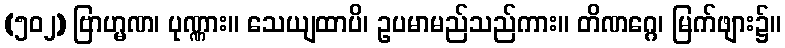
(၅၀၂) ဗြာဟ္မဏ၊ ပုဏ္ဏား။ သေယျထာပိ၊ ဥပမာမည်သည်ကား။ တိဏဂ္ဂေ၊ မြက်ဖျား၌။